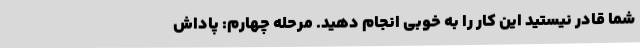
شما قادر نیستید این کار را به خوبی انجام دهید. مرحله چهارم: پاداش